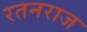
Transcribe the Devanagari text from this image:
रतनराज